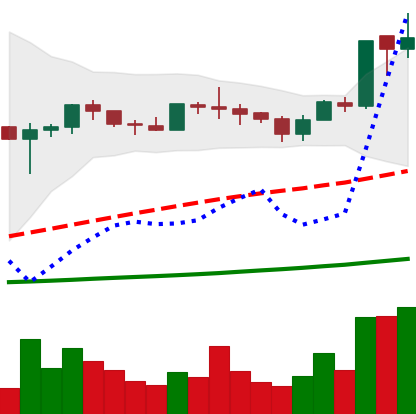
Ticker: ADA-USD
Chart end date: 2020-07-03
Forward return: 34.567%
Label: up_7plus